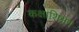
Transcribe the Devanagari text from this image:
कक्षाशिक्षण